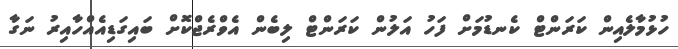
ހުޅުމާލެއިން ކަރަންޓް ކެނޑުމަށް ފަހު އަލުން ކަރަންޓް ލިބެން އެވްރެޖްކޮށް ބައިގަޑިއެއްހާއިރު ނަގާ